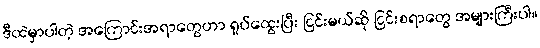
ဒီထဲမှာပါတဲ့ အကြောင်းအရာတွေဟာ ရှုပ်ထွေးပြီး ငြင်းမယ်ဆို ငြင်းစရာတွေ အများကြီးပါ။